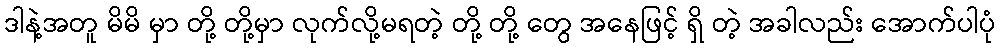
ဒါနဲ့အတူ မိမိ မှာ တို့ တို့မှာ လုက်လို့မရတဲ့ တို့ တို့ တွေ အနေဖြင့် ရှိ တဲ့ အခါလည်း အောက်ပါပုံ